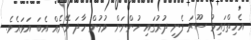
އެހިތްގައިމު ސޫރަ ފެނި ދުރުގައި ހުންނަން ވުމުން ހާދަ ވޭނެއް އެބަ އަޅައެވެ.